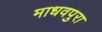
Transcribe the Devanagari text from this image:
माधवपुरा